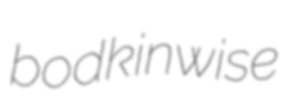
bodkinwise